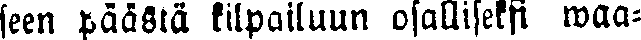
seen päästä kilpailuun osalliseksi waa-